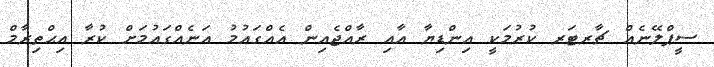
ސީޕްލޭނެއް ޗާރޓަރ ކުރުމަކީ އިންޑިޔާ އާއި ރާއްޖެއިން އެއްގައުމު އަނެއްގައުމަށް ކުރާ އިޙްތިރާމް